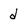
Character: d